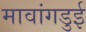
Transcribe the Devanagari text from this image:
मावांगडुई